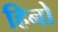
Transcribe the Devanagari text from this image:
हिनो